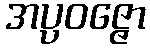
အပ္ပဝဇ္ဇော